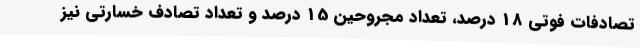
تصادفات فوتی 18 درصد، تعداد مجروحین 15 درصد و تعداد تصادف خسارتی نیز